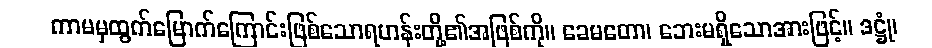
ကာမမှထွက်မြောက်ကြောင်းဖြစ်သောရဟန်းတို့၏အဖြစ်ကို။ ခေမတော၊ ဘေးမရှိသောအားဖြင့်။ ဒဋ္ဌုံ၊